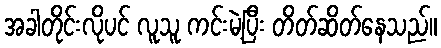
အခါတိုင်းလိုပင် လူသူ ကင်းမဲ့ပြီး တိတ်ဆိတ်နေသည်။